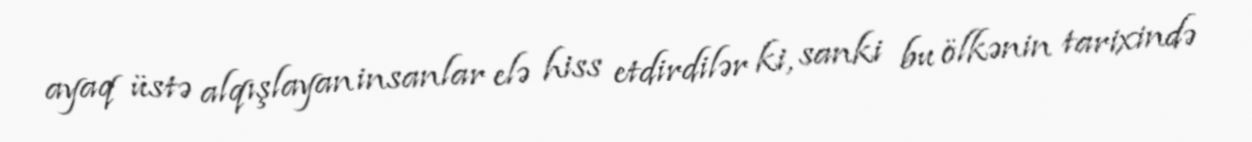
ayaq üstə alqışlayan insanlar elə hiss etdirdilər ki, sanki bu ölkənin tarixində